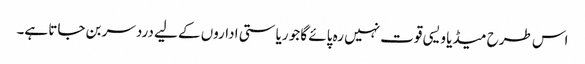
اس طرح میڈیا ویسی قوت نہیں رہ پائے گا جو ریاستی اداروں کے لیے دردسر بن جاتا ہے۔